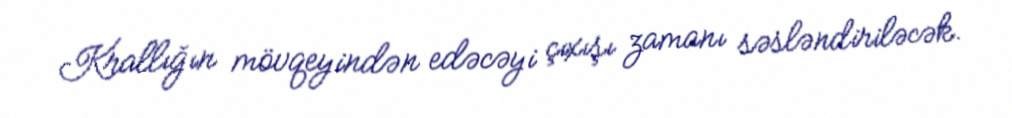
Krallığın mövqeyindən edəcəyi çıxışı zamanı səsləndiriləcək.